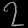
Digit: ၇